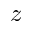
z